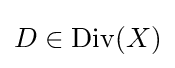
D\in {\text{Div}}(X)